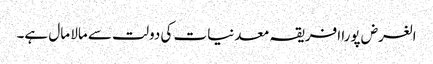
الغرض پورا افریقہ معدنیات کی دولت سے مالا مال ہے۔